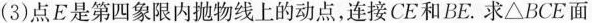
(3)点E是第四象限内抛物线上的动点，连接CE和BE.求△BCE面